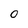
Character: O